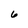
Character: 6